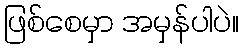
ဖြစ်စေမှာ အမှန်ပါပဲ။